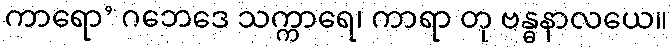
ကာရော’ ဂဘေဒေ သက္ကာရေ၊ ကာရာ တု ဗန္ဓနာလယေ။